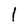
Character: 1